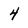
Character: 4